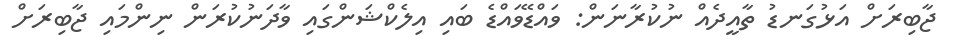
ޖާބިރަށް އަޅުގަނޑު ތާއީދެއް ނުކުރާނަން: ވައްޑޭވައްޑެ ބައި އިލެކްޝަންގައި ވާދަނުކުރަން ނިންމައި ޖާބިރަށް